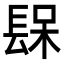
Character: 𨲃